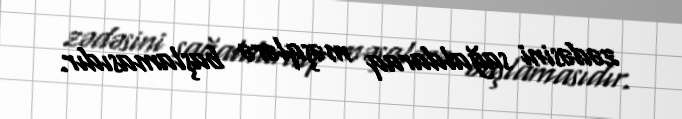
zədəsini sağaldaraq məşqlərə başlamasıdır.